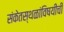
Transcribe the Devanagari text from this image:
संकेतस्थळांविषयीची